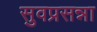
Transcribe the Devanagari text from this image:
सुवप्रसन्ना